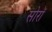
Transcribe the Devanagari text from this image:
सोरॉ